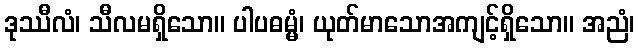
ဒုဿီလံ၊ သီလမရှိသော။ ပါပဓမ္မံ၊ ယုတ်မာသောအကျင့်ရှိသော။ အညံ၊